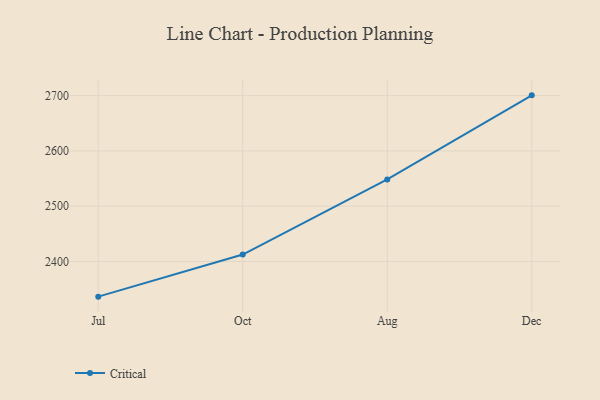
{"axis": {"x": "Month", "y": "Revenue (USD Million)"}, "legend": ["Critical"], "data": [{"x": "Jul", "y": 2336.3, "type": "Critical"}, {"x": "Oct", "y": 2412.5, "type": "Critical"}, {"x": "Aug", "y": 2548.3, "type": "Critical"}, {"x": "Dec", "y": 2700.5, "type": "Critical"}]}